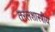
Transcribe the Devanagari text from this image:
तरलशास्त्रीय